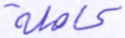
كاملة